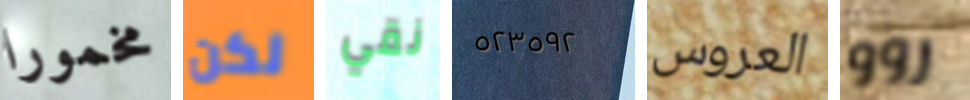
مخمورا لكن نقي ٥٢٣٥٩٢ العروس روو